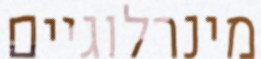
מינרלוגיים